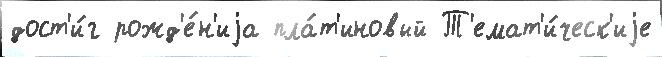
дост'и́г рожд'е́н'иjа пла́т'иновый Т'емат'и́ческ'иjе